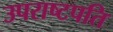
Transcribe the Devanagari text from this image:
उपराष्टपति